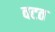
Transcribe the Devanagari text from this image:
वटत